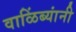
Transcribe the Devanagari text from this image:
वाळिंब्यांनी